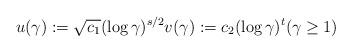
LaTeX: \begin{align*}u(\gamma) := \sqrt{c_1} (\log \gamma)^{s/2} v(\gamma) := c_2(\log \gamma)^t (\gamma \geq 1) \end{align*}